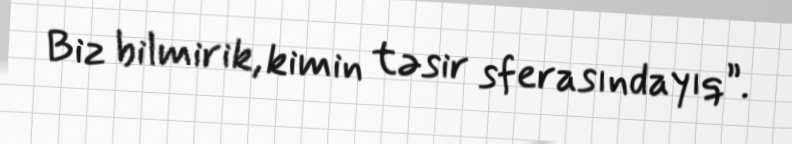
Biz bilmirik, kimin təsir sferasındayıq”.